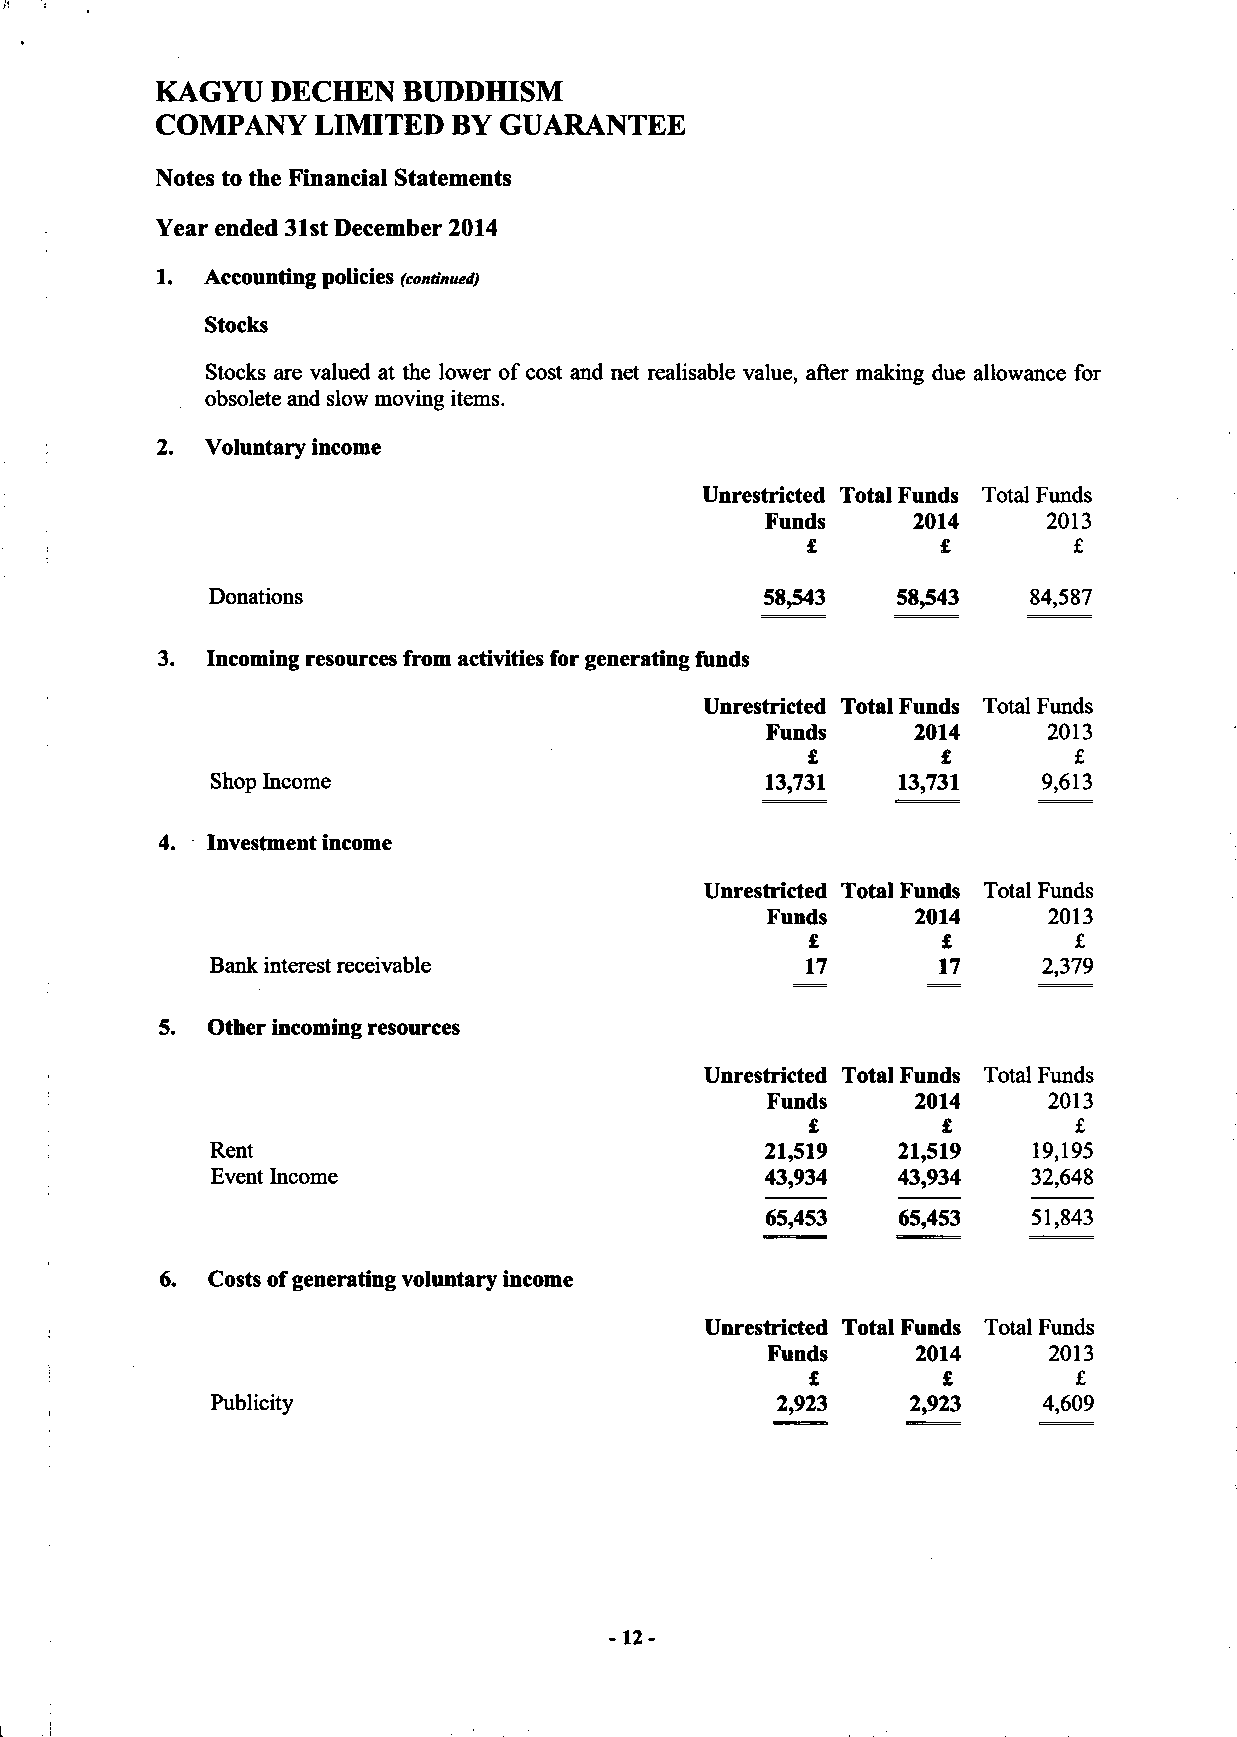
KAGYU   DECHEN   BUDDHISM
 COMPANY    LIMITED  BY  GUARANTEE
 Notes to the Financial Statements
 Year ended 31st December 2014
 1.  Accounting policies (continued)
 Stocks
 Stocks are valued at the lower of cost and net realisable value, after making due allowance for
 obsolete and slow moving items.
 2.  Voluntary income
 Unrestricted Total Funds Total Funds
 Funds    2014     2013
 £        £        £
 Donations                            58,543  58,543   84,587
 3.  Incoming resources from activities for generating funds
 Unrestricted Total Funds Total Funds
 Funds     2014    2013
 £        £        £
 Shop Income                          13,731   13,731   9,613
 4.  Investment income
 Unrestricted Total Funds Total Funds
 Funds     2014    2013
 £        £        £
 Bank interest receivable               17       17     2,379
 5.  Other incoming resources
 Unrestricted Total Funds Total Funds
 Funds     2014    2013
 £        £        £
 Rent                                 21,519  21,519   19,195
 Event Income                         43,934  43,934   32,648
 65,453  65,453   51,843
 6. Costs of generating voluntary income
 Unrestricted Total Funds Total Funds
 Funds     2014    2013
 £       £        £
 Publicity                            2,923    2,923    4,609
 -12-